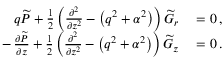
\begin{array} { r l } { q \widetilde { P } + \frac { 1 } { 2 } \left( \frac { \partial ^ { 2 } } { \partial z ^ { 2 } } - \left( q ^ { 2 } + \alpha ^ { 2 } \right) \right) \widetilde { G } _ { r } } & { { } = 0 \, , } \\ { - \, \frac { \partial \widetilde { P } } { \partial z } + \frac { 1 } { 2 } \left( \frac { \partial ^ { 2 } } { \partial z ^ { 2 } } - \left( q ^ { 2 } + \alpha ^ { 2 } \right) \right) \widetilde { G } _ { z } } & { { } = 0 \, . } \end{array}